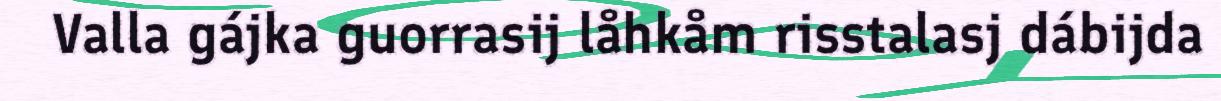
Valla gájka guorrasij låhkåm risstalasj dábijda